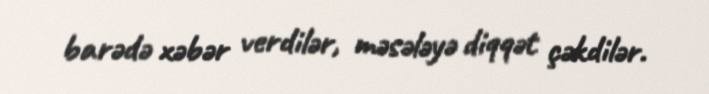
barədə xəbər verdilər, məsələyə diqqət çəkdilər.